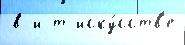
в и т иску́сств'е